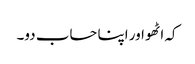
کہ اٹھو اور اپنا حساب دو۔